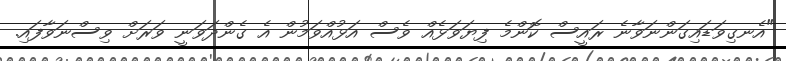
"އެނގިވަޑައިގަންނަވާނެ ރައީސް ކޮންމެ ފިޔަވަޅެއް ވެސް އަޅުއްވަމުން އެ ގެންދަވަނީ ވަރަށް ވިސްނަވާފައި.